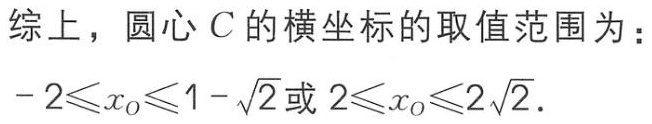
综上，圆心 \(C\) 的横坐标的取值范围为：
\(-2\leqslant x_O\leqslant1 - \sqrt{2}\) 或 \(2\leqslant x_O\leqslant2\sqrt{2}\)．